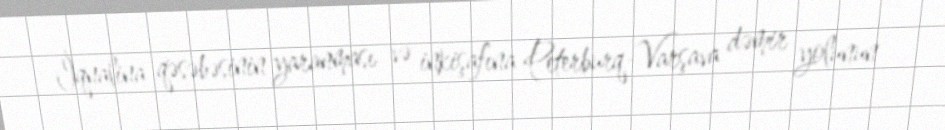
İqnalina qəsəbəsinin yaranması və inkişafına Peterburq-Varşava dəmir yolunun